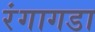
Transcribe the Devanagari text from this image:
रंगागडा